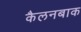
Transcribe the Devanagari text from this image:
कैलनबाक